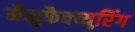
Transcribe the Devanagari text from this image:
मैनुफैक्च्युरिंग